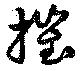
摧